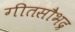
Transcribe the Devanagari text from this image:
गीतसौभद्र